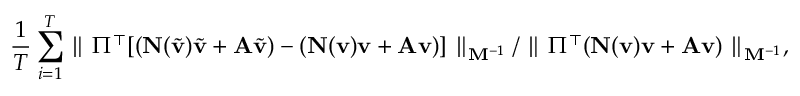
\frac { 1 } { T } \sum _ { i = 1 } ^ { T } \parallel \Pi ^ { \top } [ ( \ensuremath { \mathbf { N } } ( \tilde { \ensuremath { \mathbf { v } } } ) \tilde { \ensuremath { \mathbf { v } } } + \ensuremath { \mathbf { A } } \tilde { \ensuremath { \mathbf { v } } } ) - ( \ensuremath { \mathbf { N } } ( \ensuremath { \mathbf { v } } ) \ensuremath { \mathbf { v } } + \ensuremath { \mathbf { A } } \ensuremath { \mathbf { v } } ) ] \parallel _ { \ensuremath { \mathbf { M } } ^ { - 1 } } / \parallel \Pi ^ { \top } ( \ensuremath { \mathbf { N } } ( \ensuremath { \mathbf { v } } ) \ensuremath { \mathbf { v } } + \ensuremath { \mathbf { A } } \ensuremath { \mathbf { v } } ) \parallel _ { \ensuremath { \mathbf { M } } ^ { - 1 } } ,